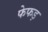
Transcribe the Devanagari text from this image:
फेफड़